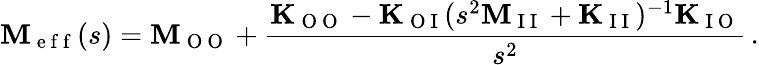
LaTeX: \mathbf{M}_{\mathrm{~e~f~f~}}(s)=\mathbf{M}_{\mathrm{~O~O~}}+\frac{\mathbf{K}_{\mathrm{~O~O~}}-\mathbf{K}_{\mathrm{~O~I~}}(s^{2}\mathbf{M}_{\mathrm{~I~I~}}+\mathbf{K}_{\mathrm{~I~I~}})^{-1}\mathbf{K}_{\mathrm{~I~O~}}}{s^{2}}\, .